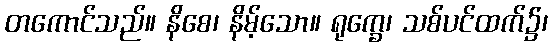
တကောင်သည်။ နိစေ၊ နိမ့်သော။ ရုက္ခေ၊ သစ်ပင်ထက်၌၊